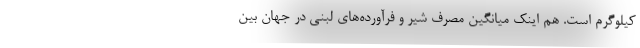
کیلوگرم است. هم اینک میانگین مصرف شیر و فرآورده‌های لبنی در جهان بین